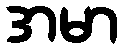
အမာ